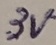
Text: 3V